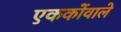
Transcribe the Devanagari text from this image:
एककोंवाले